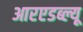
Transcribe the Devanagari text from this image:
आरएडब्ल्यू